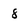
Character: 8